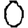
Digit: 0